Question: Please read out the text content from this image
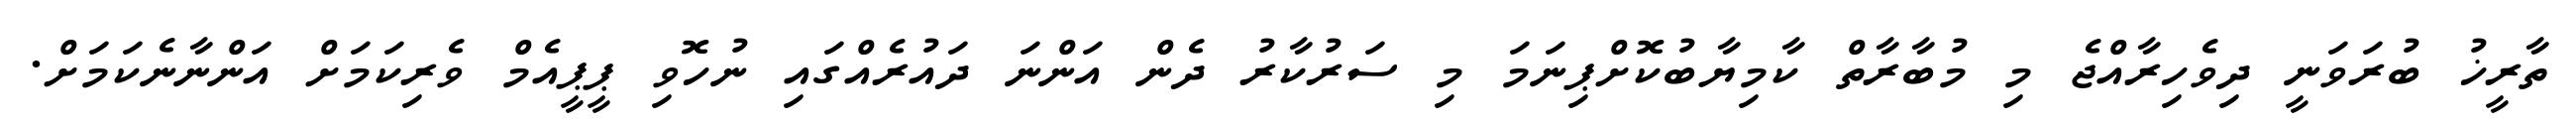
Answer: ތާރީޚު ބުރަވަނީ ދިވެހިރާއްޖެ މި މުބާރާތް ކާމިޔާބުކޮށްޕިނަމަ މި ސަރުކާރު ދެން އަންނަ ދައުރެއްގައި ނުހޮވި ޕީޕީއެމް ވެރިކަމަށް އަންނާނެކަމަށް.